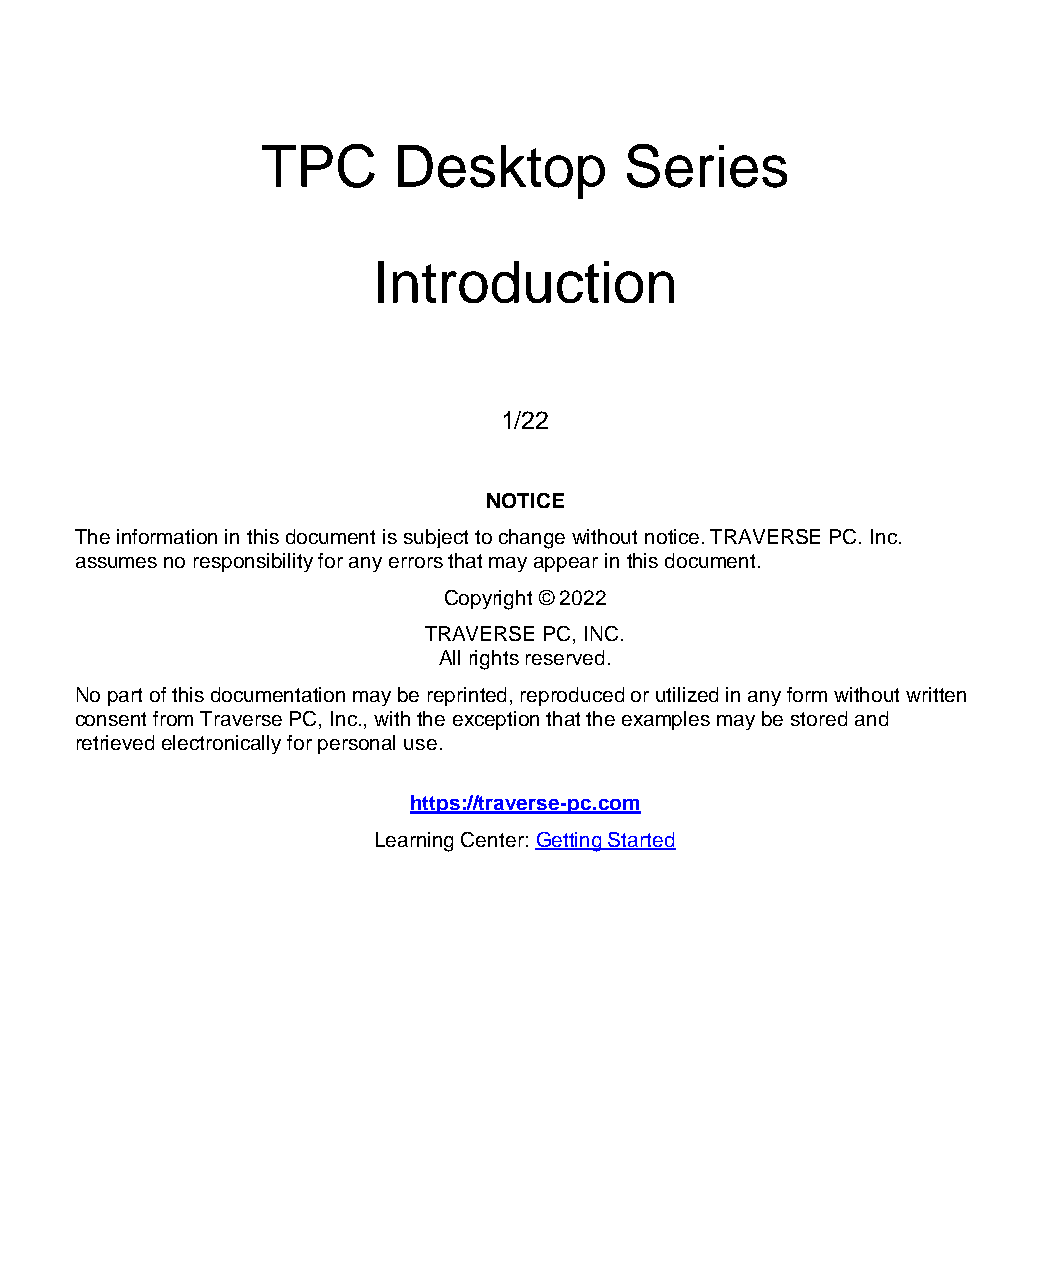
TPC      Desktop        Series
 Introduction
 1/22
 NOTICE
 The information in this document is subject to change without notice. TRAVERSE PC. Inc.
 assumes no responsibility for any errors that may appear in this document.
 Copyright © 2022
 TRAVERSE PC, INC.
 All rights reserved.
 No part of this documentation may be reprinted, reproduced or utilized in any form without written
 consent from Traverse PC, Inc., with the exception that the examples may be stored and
 retrieved electronically for personal use.
 https://traverse-pc.com
 Learning Center: Getting Started